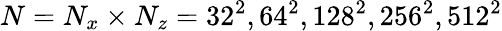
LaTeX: N=N_{x}\times N_{z}=32^{2},64^{2},128^{2},256^{2},512^{2}